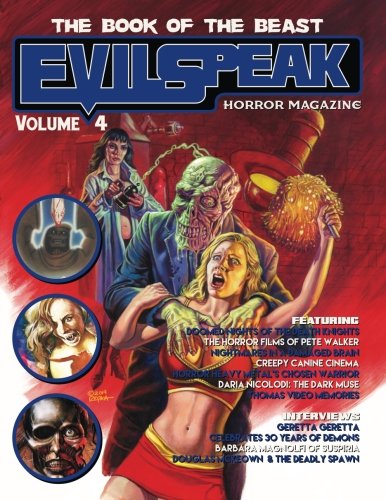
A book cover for Evilspeak Volume 4; Vanessa Nocera; Arts & Photography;